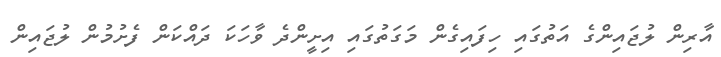
އާރިން ލުޖައިންގެ އަތުގައި ހިފައިގެން މަގަތުގައި އިށީންދެ ވާހަކަ ދައްކަން ފެށުމުން ލުޖައިން